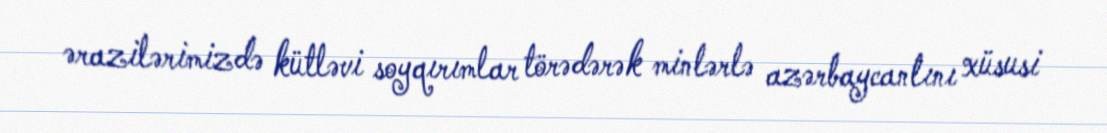
ərazilərimizdə kütləvi soyqırımlar törədərək minlərlə azərbaycanlını xüsusi